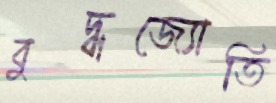
বুদ্ধজ্যোতি